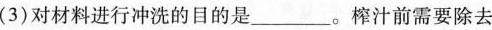
(3)对材料进行冲洗的目的是___。榨汁前需要除去